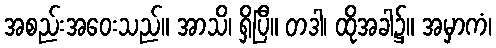
အစည်းအဝေးသည်။ အာသိ၊ ရှိပြီ။ တဒါ၊ ထိုအခါ၌။ အမှာကံ၊